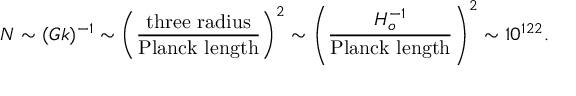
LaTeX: N \sim ( G k ) ^ { - 1 } \sim \left( { \frac { \mathrm { t h r e e \ r a d i u s } } { \mathrm { P l a n c k \ l e n g t h } } } \right) ^ { 2 } \sim \left( { \frac { H _ { o } ^ { - 1 } } { \mathrm { P l a n c k \ l e n g t h } } } \right) ^ { 2 } \sim 1 0 ^ { 1 2 2 } .